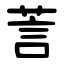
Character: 䓂